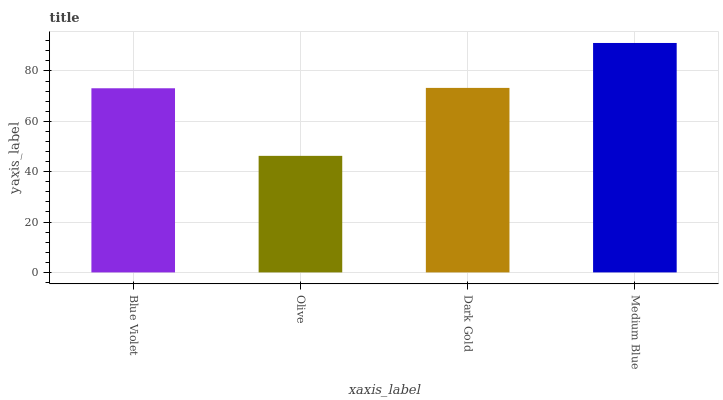
| xaxis_label | bars |
 | --- | --- |
 | Blue Violet | 73.1 |
 | Olive | 46.3 |
 | Dark Gold | 73.3 |
 | Medium Blue | 91.1 |